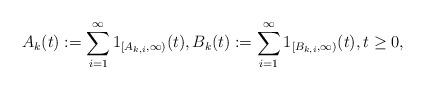
LaTeX: \begin{align*}A_k(t):=\sum_{i=1}^\infty 1_{[A_{k,i},\infty)}(t),B_k(t):=\sum_{i=1}^\infty 1_{[B_{k,i},\infty)}(t),t\geq 0,\end{align*}